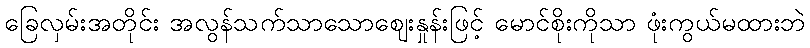
ခြေလှမ်းအတိုင်း အလွန်သက်သာသောဈေးနှုန်းဖြင့် မောင်စိုးကိုသာ ဖုံးကွယ်မထားဘဲ